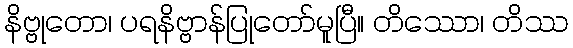
နိဗ္ဗုတော၊ ပရနိဗ္ဗာန်ပြုတော်မူပြီ။ တိဿော၊ တိဿ